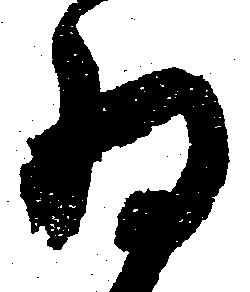
為